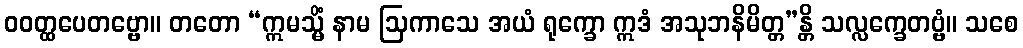
ဝဝတ္ထပေတဗ္ဗော။ တတော “ဣမသ္မိံ နာမ ဩကာသေ အယံ ရုက္ခော ဣဒံ အသုဘနိမိတ္တ”န္တိ သလ္လက္ခေတဗ္ဗံ။ သစေ